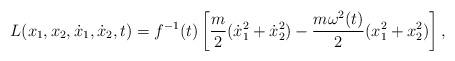
LaTeX: \begin{align*} L(x_1,x_2,\dot{x}_1,\dot{x}_2,t)=f^{-1}(t)\left[\frac{m}{2}(\dot{x}_1^2+ \dot{x}_2^2) -\frac{m\omega^2(t)}{2}(x_1^2+x_2^2)\right],\end{align*}